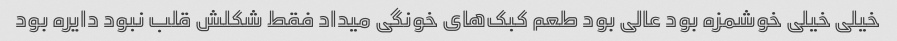
خیلی خیلی خوشمزه بود عالی بود طعم کبک‌های خونگی میداد فقط شکلش قلب نبود دایره بود